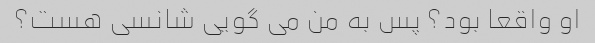
او واقعا بود؟ پس به من می گویی شانسی هست؟